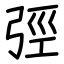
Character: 弳